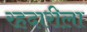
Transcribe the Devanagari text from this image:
रहदारीला